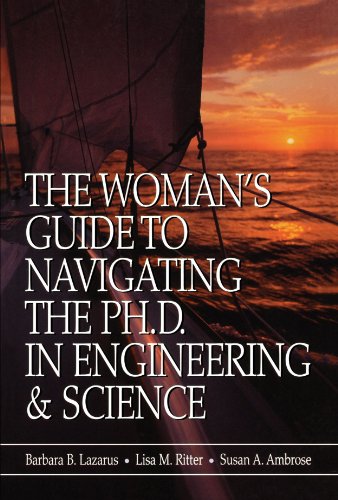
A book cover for The Woman's Guide to Navigating the Ph.D. in Engineering & Science; Barbara B. Lazarus; Education & Teaching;